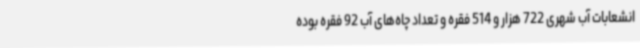
انشعابات آب شهری 722 هزار و 514 فقره و تعداد چاه‌های آب 92 فقره بوده